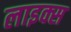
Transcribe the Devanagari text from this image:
लाइक्स